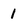
Character: 1